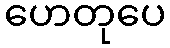
ဟေတုပေ